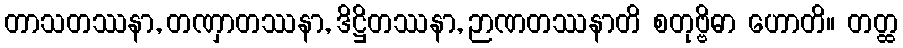
တာသတဿနာ, တဏှာတဿနာ, ဒိဋ္ဌိတဿနာ, ဉာဏတဿနာတိ စတုဗ္ဗိဓာ ဟောတိ။ တတ္ထ